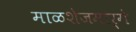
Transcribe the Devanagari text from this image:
माळशेजमार्गे